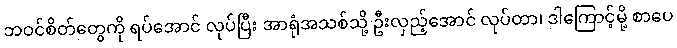
ဘဝင်စိတ်တွေကို ရပ်အောင် လုပ်ပြီး အာရုံအသစ်သို့ ဦးလှည့်အောင် လုပ်တာ၊ ဒါကြောင့်မို့ စာပေ